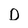
Character: D